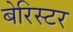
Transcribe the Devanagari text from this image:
बेरिस्टर